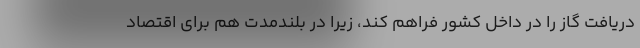
دریافت گاز را در داخل کشور فراهم کند، زیرا در بلندمدت هم برای اقتصاد